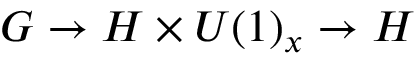
G \rightarrow H \times U ( 1 ) _ { x } \rightarrow H